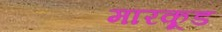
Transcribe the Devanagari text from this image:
मारकूड